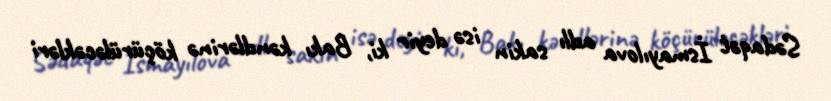
Sədaqət İsmayılova adlı sakin isə deyir ki, Bakı kəndlərinə köçürüləcəkləri